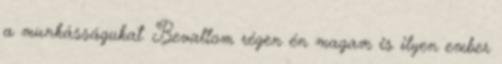
a munkásságukat. Bevallom régen én magam is ilyen ember